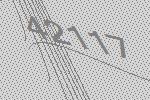
42117